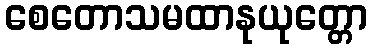
စေတောသမထာနုယုတ္တော